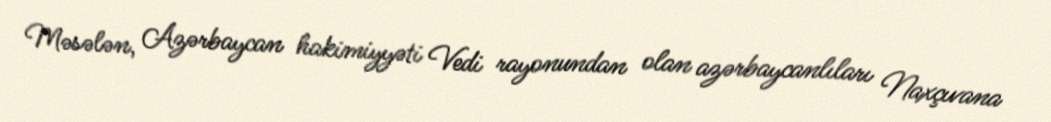
Məsələn, Azərbaycan hakimiyyəti Vedi rayonundan olan azərbaycanlıları Naxçıvana